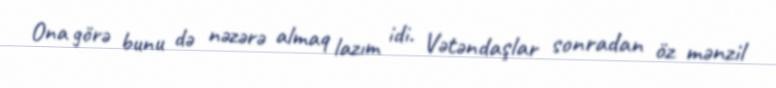
Ona görə bunu də nəzərə almaq lazım idi. Vətəndaşlar sonradan öz mənzil